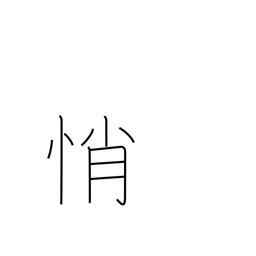
Meaning: anxiety